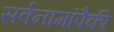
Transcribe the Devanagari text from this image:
सर्वनामांपैकी